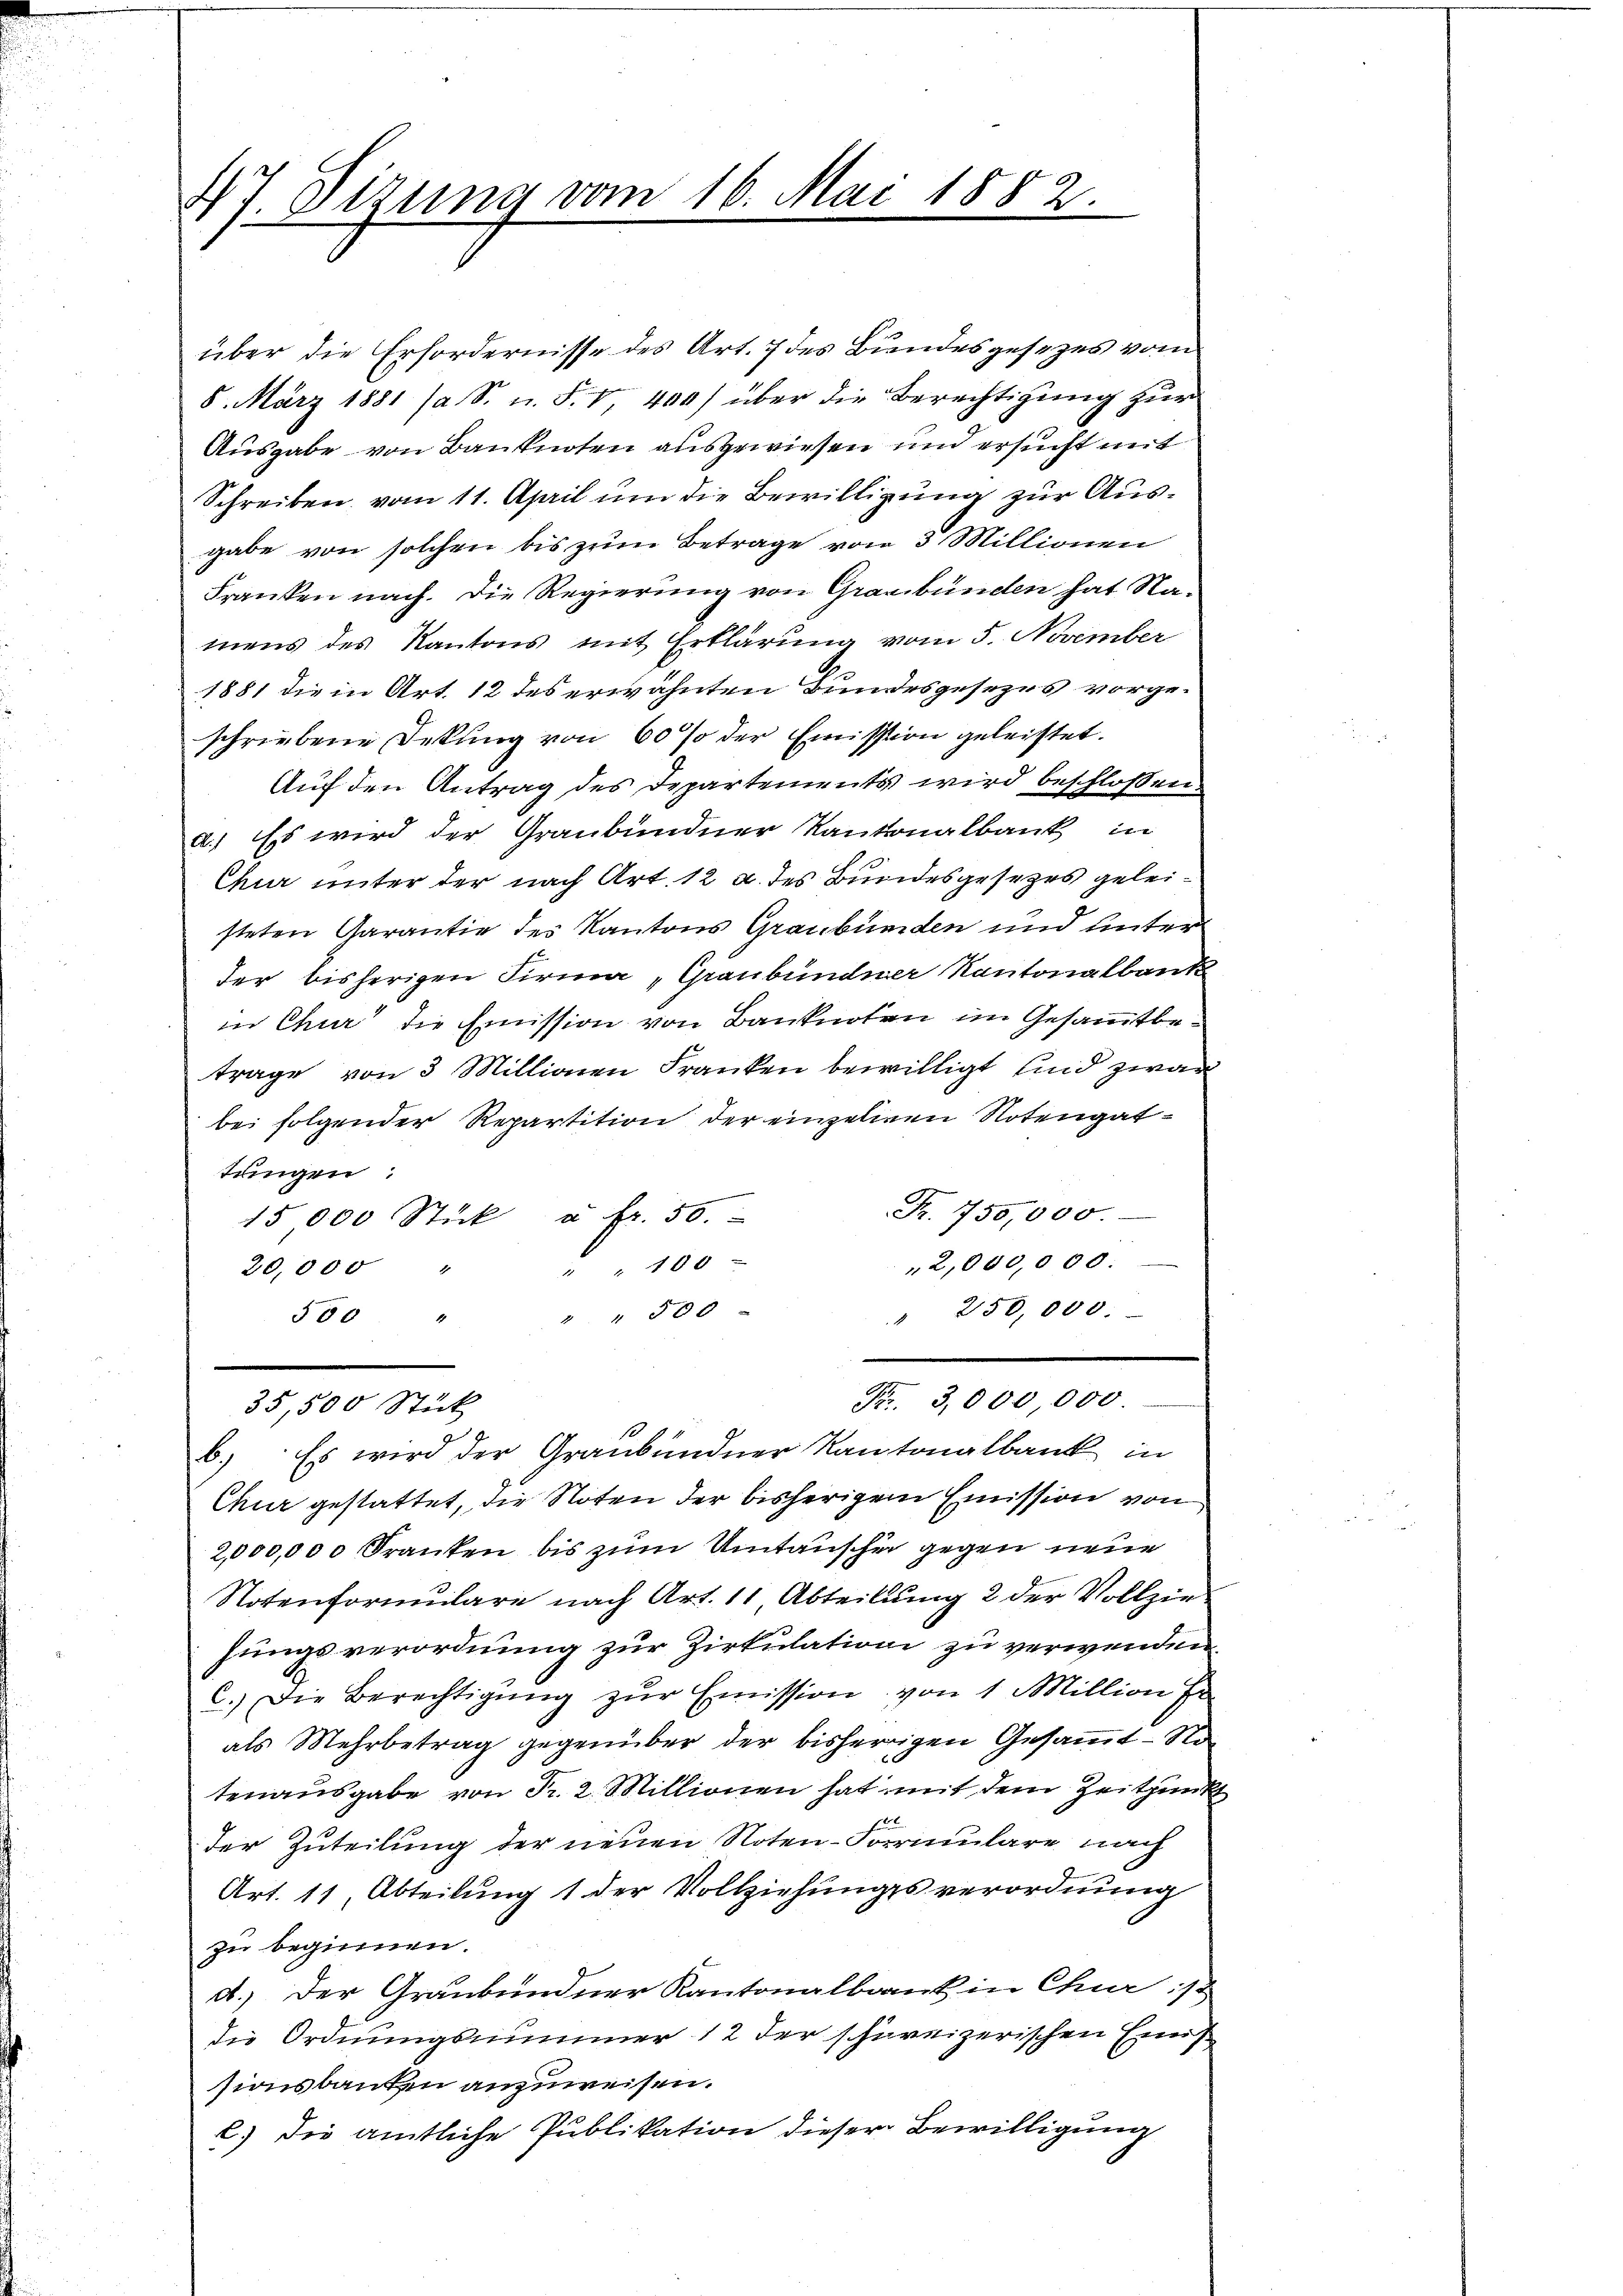
47 Sizung vom 16. Mai 1882.

35,500 Stück

über die Erfordernisse des Art. 7 des Bundesgesezes vom
8. März 1881 /a S. u. F. V, 404) über die Berechtigung zur
Ausgabe von Banknoten ausgewiesen und ersucht mit
Schreiben vom 11. April um die Bewilligung zur Ausgabe von solchen bis zum Betrage von 3 Millionen
Franken nach. Die Regierung von Graubünden hat Namens des Kantons mit Erklärung vom 5. November
1881 die in Art. 12 des erwähnten Bundesgesezes vorgeschriebene Dekung von 60 % der Emission geleistet.
Auf den Antrag des Departements wird beschlossen.
d.) Es wird der Graubündner Kantonalbank in
Chur unter der nach Art. 12 a. des Bundesgesezes geleisteten Garantie des Kantons Graubünden und unter
der bisherigen Firma „Graubündner Kantonalbank
in Chur die Emission von Banknoten im Gesammtbetrage von 3 Millionen Franken bewilligt sind zwar
bei folgender Repartition der einzelnen Notengattungen:
Fr. 750,000.
15 000 Stück u. fr. 50.
2,000,000.
100
20,000 "
" 250,000.
558 " " " 300

6.) Es wird der Graubündner Kantonalbank in
Chur gestattet, die Noten der bisherigen Emission von
2,000,000 Franken bis zum Umtauscher gegen neue
Notenformulare nach Art. 11 Abteilung 2 der Vollziehungsverordnung zur Zirkulation zu verwenden.
C. Die Berechtigŭng zŭr Emission von 1 Million Er
als Mehrbetrag gegenüber der bisherigen Gesammt- Notenausgabe von Fr. 2. Millionen hat mit dem Zeitpunkt
1
der Zuteilung der neuen Noten-Formulare nach
Art. 11 Abteilung 1 der Vollziehungsverordnung
zu beginnen.
d.) Der Graubündner Kantonalbank in Chur :/
die Ordnungsnummer 12 der schweizerischen Eini
sionsbauten anzuweisen.
e.) Die amtliche Publikation dieser Bewilligung

Fr. 3,000 000